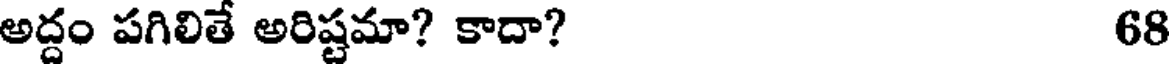
అద్దం పగిలితే అరిష్టమా? కాదా? 68